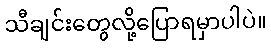
သီချင်းတွေလို့ပြောရမှာပါပဲ။